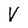
Character: V